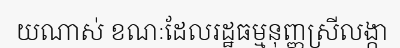
យណាស់ ខណៈដែលរដ្ឋធម្មនុញ្ញស្រីលង្កា